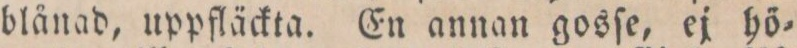
blånad, uppfläckta. En annan gosſe, ej hö=